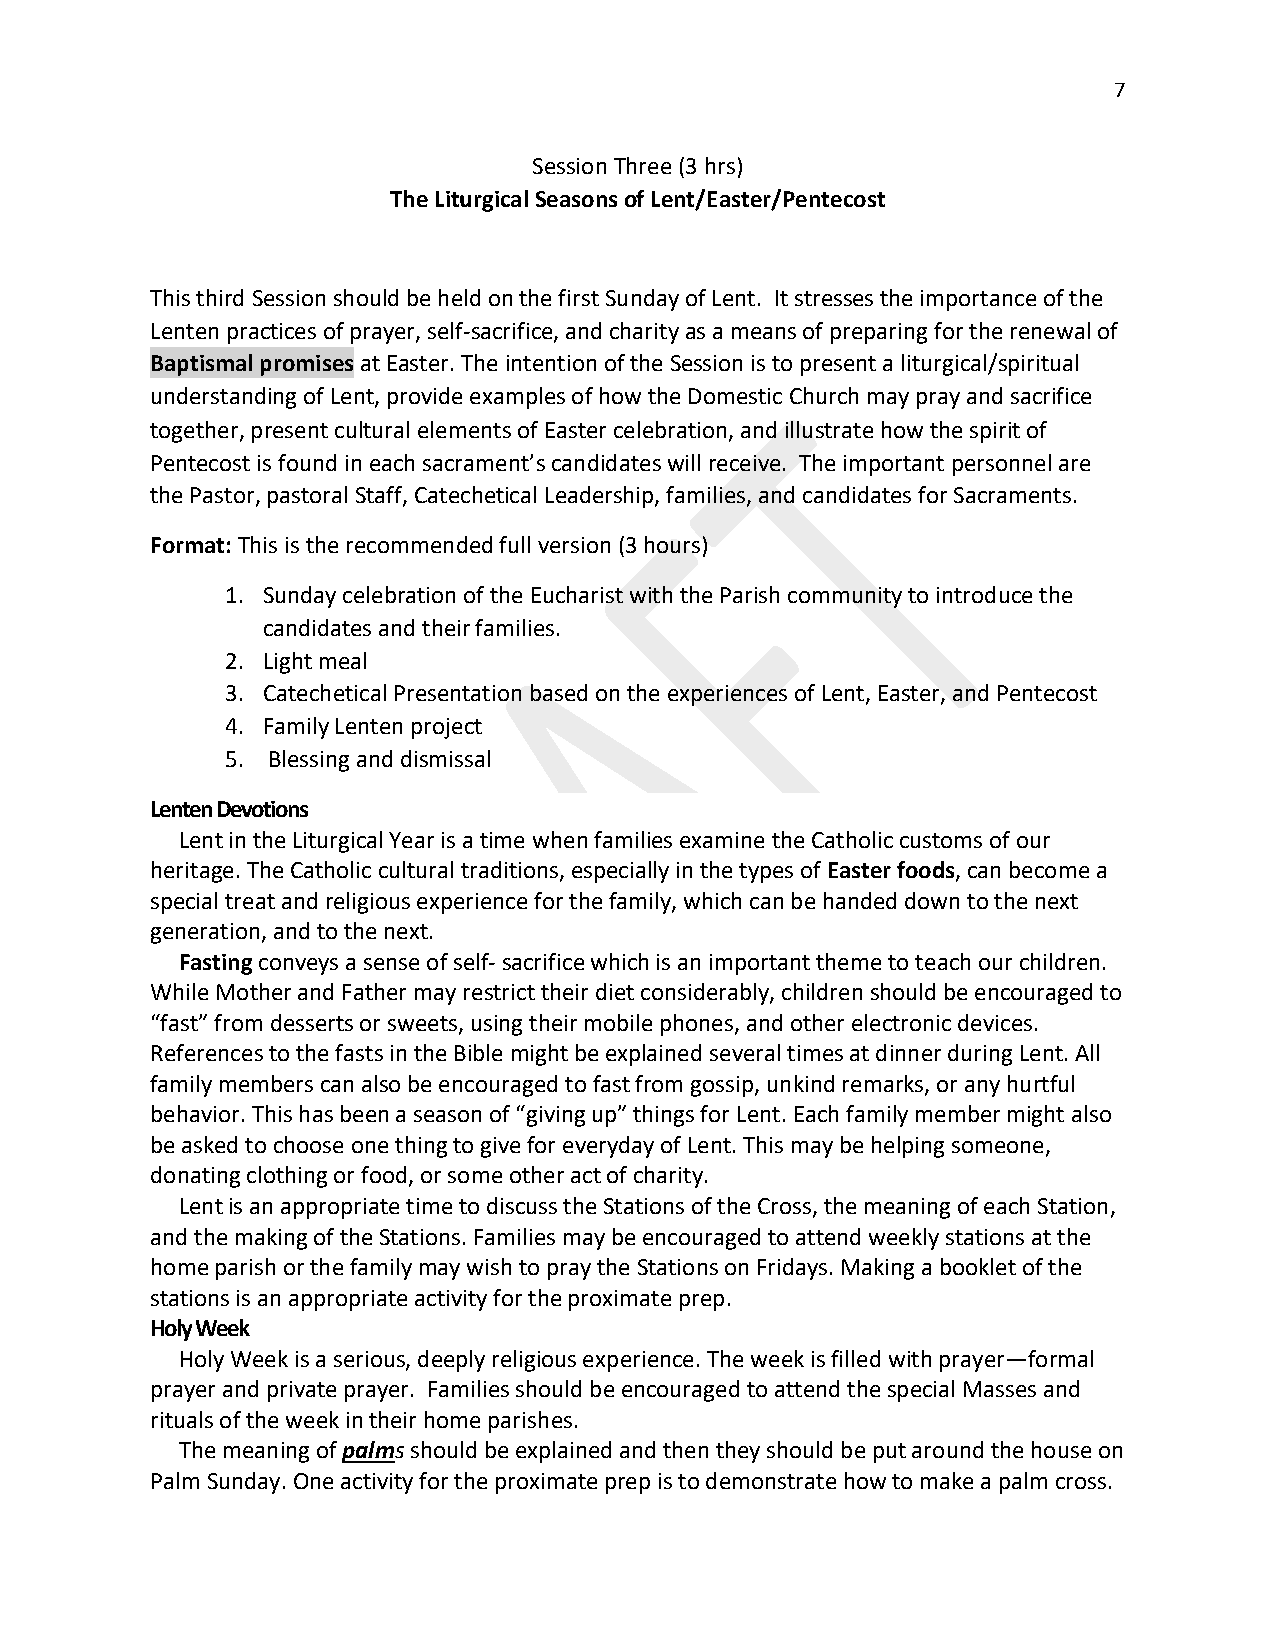
7
 Session Three (3 hrs)
 The Liturgical Seasons of Lent/Easter/Pentecost
 This third Session should be held on the first Sunday of Lent. It stresses the importance of the
 Lenten practices of prayer, self-sacrifice, and charity as a means of preparing for the renewal of
 Baptismal promises at Easter. The intention of the Session is to present a liturgical/spiritual
 understanding of Lent, provide examples of how the Domestic Church may pray and sacrifice
 together, present cultural elements of Easter celebration, and illustrate how the spirit of
 Pentecost is found in each sacrament’s candidates will receive. The important personnel are
 the Pastor, pastoral Staff, Catechetical Leadership, families, and candidates for Sacraments.
 Format: This is the recommended full version (3 hours)
 1. Sunday celebration of the Eucharist with the Parish community to introduce the
 candidates and their families.
 2. Light meal
 3. Catechetical Presentation based on the experiences of Lent, Easter, and Pentecost
 4. Family Lenten project
 5. Blessing and dismissal
 Lenten Devotions
 Lent in the Liturgical Year is a time when families examine the Catholic customs of our
 heritage. The Catholic cultural traditions, especially in the types of Easter foods, can become a
 special treat and religious experience for the family, which can be handed down to the next
 generation, and to the next.
 Fasting conveys a sense of self- sacrifice which is an important theme to teach our children.
 While Mother and Father may restrict their diet considerably, children should be encouraged to
 “fast” from desserts or sweets, using their mobile phones, and other electronic devices.
 References to the fasts in the Bible might be explained several times at dinner during Lent. All
 family members can also be encouraged to fast from gossip, unkind remarks, or any hurtful
 behavior. This has been a season of “giving up” things for Lent. Each family member might also
 be asked to choose one thing to give for everyday of Lent. This may be helping someone,
 donating clothing or food, or some other act of charity.
 Lent is an appropriate time to discuss the Stations of the Cross, the meaning of each Station,
 and the making of the Stations. Families may be encouraged to attend weekly stations at the
 home parish or the family may wish to pray the Stations on Fridays. Making a booklet of the
 stations is an appropriate activity for the proximate prep.
 Holy Week
 Holy Week is a serious, deeply religious experience. The week is filled with prayer—formal
 prayer and private prayer. Families should be encouraged to attend the special Masses and
 rituals of the week in their home parishes.
 The meaning of palms should be explained and then they should be put around the house on
 Palm Sunday. One activity for the proximate prep is to demonstrate how to make a palm cross.